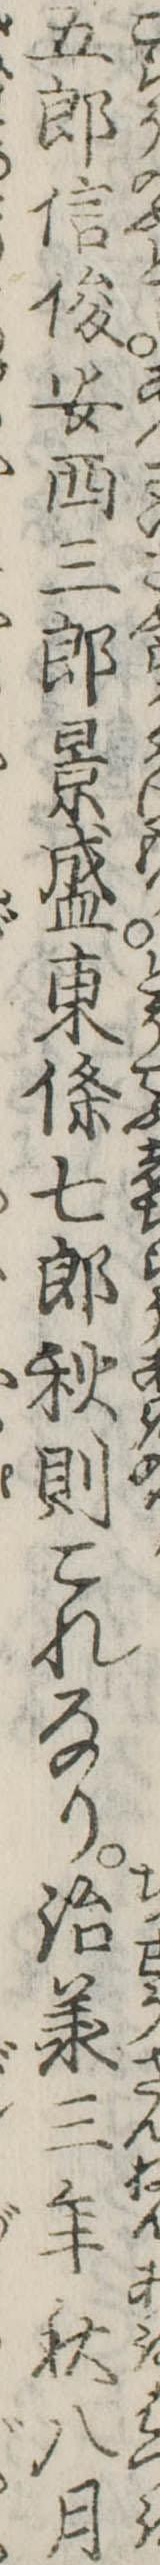
五郎信俊安西三郎景盛東条七郎秋則これなり治承三年秋八月